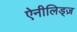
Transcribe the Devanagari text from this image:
ऐनीलिड्ज़